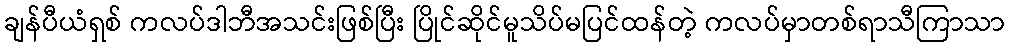
ချန်ပီယံရှစ် ကလပ်ဒါဘီအသင်းဖြစ်ပြီး ပြိုင်ဆိုင်မူသိပ်မပြင်ထန်တဲ့ ကလပ်မှာတစ်ရာသီကြာသာ